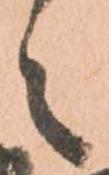
々